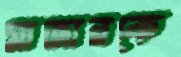
মাজারকে